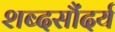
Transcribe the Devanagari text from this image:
शब्दसौंदर्य